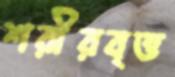
শরীরবৃত্ত